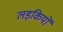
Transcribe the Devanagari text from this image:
लड़कियों